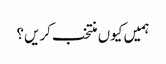
ہمیں کیوں منتخب کریں؟